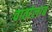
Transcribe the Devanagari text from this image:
वार्तालाब